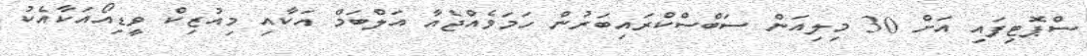
ސްޕޮޓިފައި އަށް 30 މިލިއަން ސަބްސްކްރައިބަރުން ހަމަވެއްޖެއާ އަލްބަމް އަކާއި މިއުޒިކް ވީޑިއޯއަކާއެކު